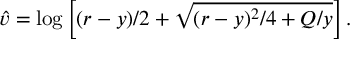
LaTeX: \hat { v } = \log \left[ ( r - y ) / 2 + \sqrt { ( r - y ) ^ { 2 } / 4 + Q / y } \right] .